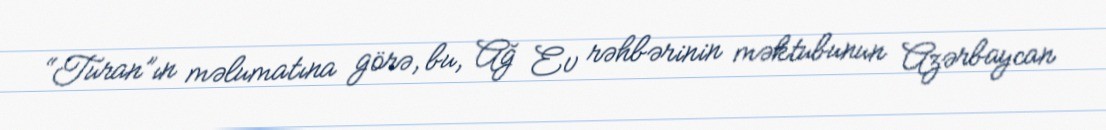
“Turan”ın məlumatına görə, bu, Ağ Ev rəhbərinin məktubunun Azərbaycan